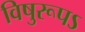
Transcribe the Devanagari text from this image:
विषुरूपऽ